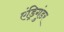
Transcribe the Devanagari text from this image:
एंड्रिगुंडर